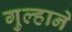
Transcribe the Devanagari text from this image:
गुल्हाने